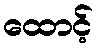
ထောင့်